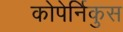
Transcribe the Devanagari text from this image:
कोपेर्निकुस